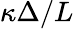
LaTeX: \kappa\Delta/L